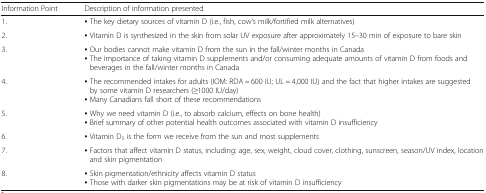
| Information Point | Description of information presented |
 | --- | --- |
 | 1. | ▪ The key dietary sources of vitamin D (i.e., fish, cow’s milk/fortified milk alternatives) |
 | 2. | ▪ Vitamin D is synthesized in the skin from solar UV exposure after approximately 15–30 min of exposure to bare skin |
 | 3. | ▪ Our bodies cannot make vitamin D from the sun in the fall/winter months in Canada▪ The importance of taking vitamin D supplements and/or consuming adequate amounts of vitamin D from foods and beverages in the fall/winter months in Canada |
 | 4. | ▪ The recommended intakes for adults (IOM: RDA = 600 IU; UL = 4,000 IU) and the fact that higher intakes are suggested by some vitamin D researchers (≥1000 IU/day)▪ Many Canadians fall short of these recommendations |
 | 5. | ▪ Why we need vitamin D (i.e., to absorb calcium, effects on bone health)▪ Brief summary of other potential health outcomes associated with vitamin D insufficiency |
 | 6. | ▪ Vitamin D3 is the form we receive from the sun and most supplements |
 | 7. | ▪ Factors that affect vitamin D status, including: age, sex, weight, cloud cover, clothing, sunscreen, season/UV index, location and skin pigmentation |
 | 8. | ▪ Skin pigmentation/ethnicity affects vitamin D status▪ Those with darker skin pigmentations may be at risk of vitamin D insufficiency |